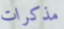
مذكرات